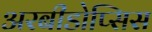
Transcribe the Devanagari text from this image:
अरबीडोप्सिस